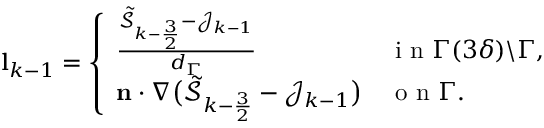
\begin{array} { r } { \mathbf { l } _ { k - 1 } = \left\{ \begin{array} { l l } { \frac { \tilde { \mathcal { S } } _ { k - \frac { 3 } { 2 } } - \mathcal { J } _ { k - 1 } } { d _ { \Gamma } } } & { \mathrm { ~ i ~ n ~ } \Gamma ( 3 \delta ) \backslash \Gamma , } \\ { \mathbf { n } \cdot \nabla \big ( \tilde { \mathcal { S } } _ { k - \frac { 3 } { 2 } } - \mathcal { J } _ { k - 1 } \big ) } & { \mathrm { ~ o ~ n ~ } \Gamma . } \end{array} \right. } \end{array}